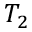
T _ { 2 }